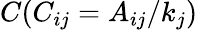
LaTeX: C(C_{ij}=A_{ij}/k_{j})